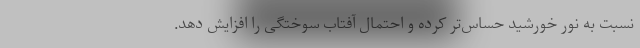
نسبت به نور خورشید حساس‌تر کرده و احتمال آفتاب سوختگی را افزایش دهد.